Indian journal of veterinary science and animal husbandry - Volume 1,
Year: 1931
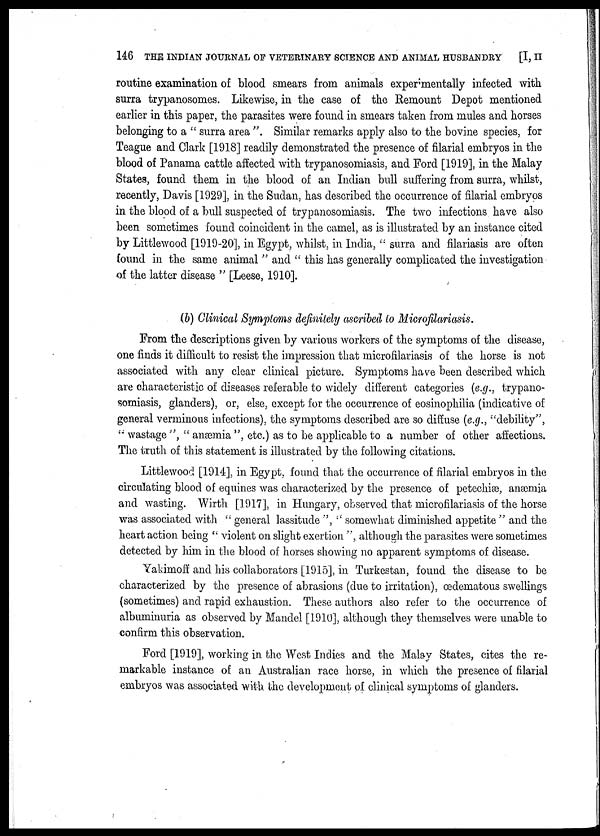
146 THE INDIAN JOURNAL OF VETERINARY SCIENCE AND ANIMAL HUSBANDRY
[I, II
routine examination of blood smears from animals experimentally infected with
surra trypanosomes. Likewise, in the case of the Remount Depot mentioned
earlier in this paper, the parasites were found in smears taken from mules and horses
belonging to a " surra area ". Similar remarks apply also to the bovine species, for
Teague and Clark [1918] readily demonstrated the presence of filarial embryos in the
blood of Panama cattle affected with trypanosomiasis, and Ford [1919], in the Malay
States, found them in the blood of an Indian bull suffering from surra, whilst,
recently, Davis [1929], in the Sudan, has described the occurrence of filarial embryos
in the blood of a bull suspected of trypanosomiasis. The two infections have also
been sometimes found coincident in the camel, as is illustrated by an instance cited
by Littlewood [1919-20], in Egypt, whilst, in India, " surra and filariasis are often
found in the same animal " and " this has generally complicated the investigation
of the latter disease " [Leese, 1910].
(b) Clinical Symptoms definitely ascribed to Microfilariasis.
From the descriptions given by various workers of the symptoms of the disease,
one finds it difficult to resist the impression that microfilariasis of the horse is not
associated with any clear clinical picture. Symptoms have been described which
are characteristic of diseases referable to widely different categories (e.g., trypano-
somiasis, glanders), or, else, except for the occurrence of eosinophilia (indicative of
general verminous infections), the symptoms described are so diffuse (e.g., "debility",
'' wastage ", " anæmia ", etc.) as to be applicable to a number of other affections.
The truth of this statement is illustrated by the following citations.
Littlewood [1914], in Egypt, found that the occurrence of filarial embryos in the
circulating blood of equines was characterized by the presence of petechiæ, anæmia
and wasting. Wirth [1917], in Hungary, observed that microfilariasis of the horse
was associated with " general lassitude ", " somewhat diminished appetite " and the
heart action being " violent on slight exertion ", although the parasites were sometimes
detected by him in the blood of horses showing no apparent symptoms of disease.
Yakimoff and his collaborators [1915], in Turkestan, found the disease to be
characterized by the presence of abrasions (due to irritation), œdematous swellings
(sometimes) and rapid exhaustion. These authors also refer to the occurrence of
albuminuria as observed by Mandel [1910], although they themselves were unable to
confirm this observation.
Ford [1919], working in the West Indies and the Malay States, cites the re-
markable instance of an Australian race horse, in which the presence of filarial
embryos was associated with the development of clinical symptoms of glanders.